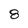
Character: 8